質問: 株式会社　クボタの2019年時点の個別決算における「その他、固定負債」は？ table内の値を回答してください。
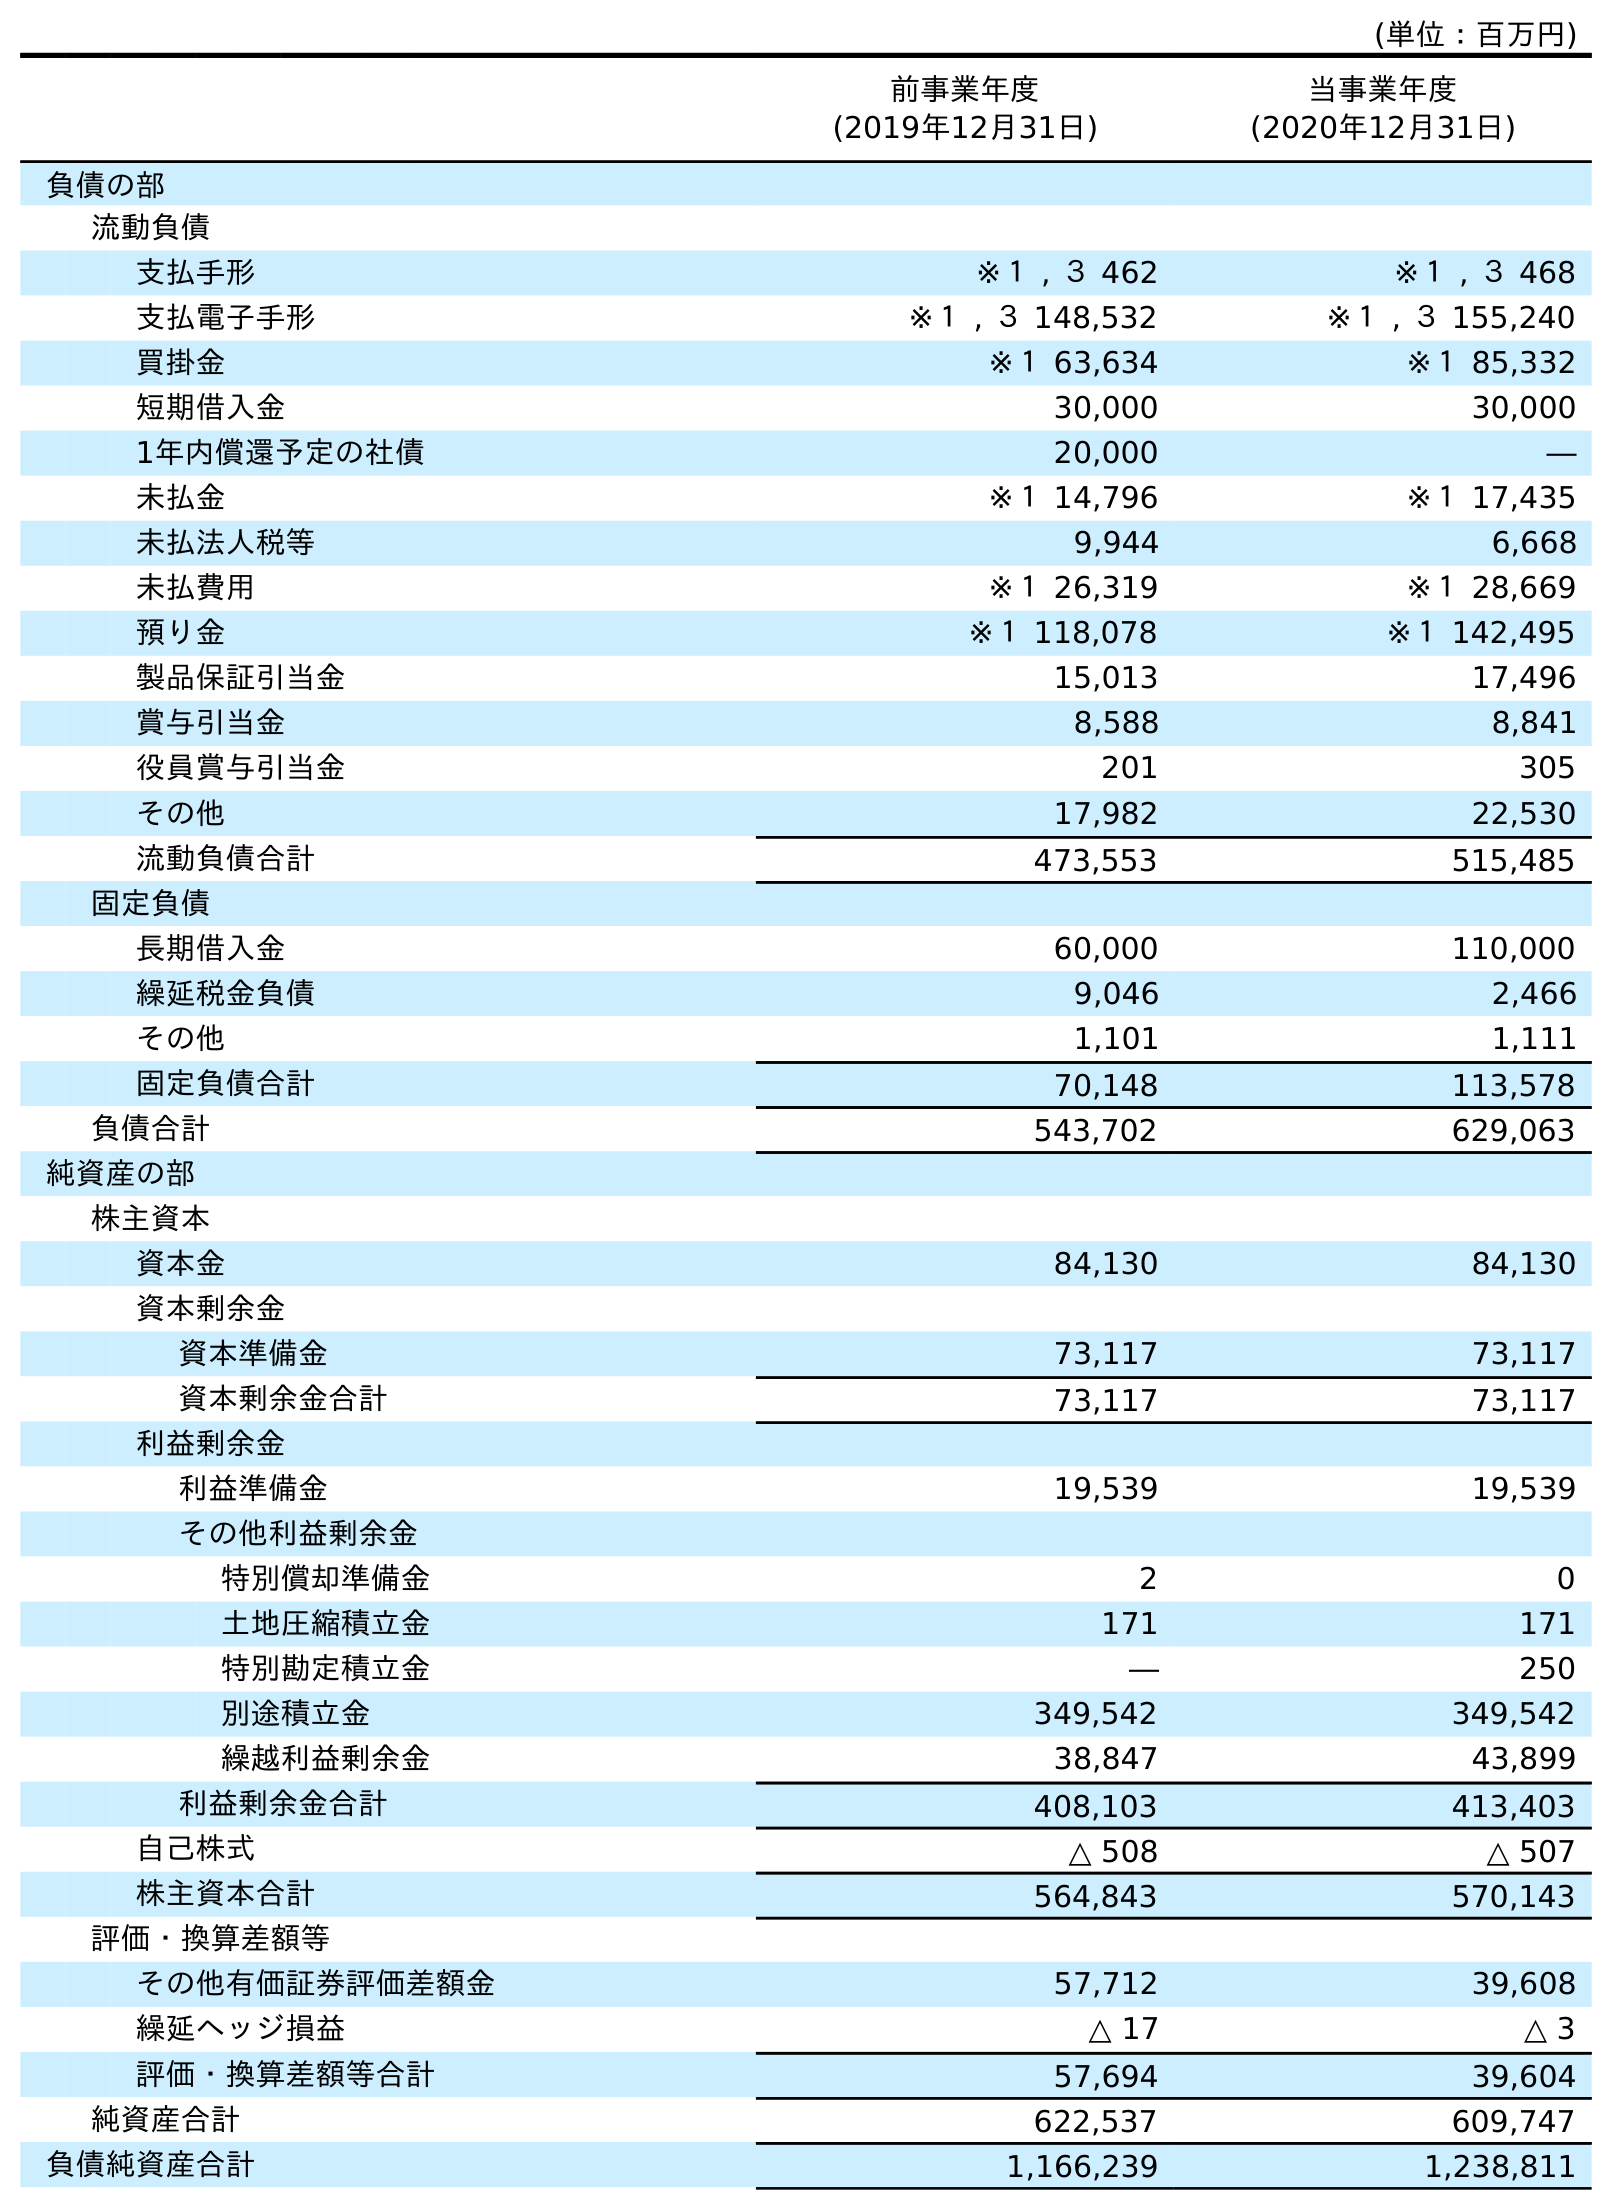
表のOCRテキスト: (単位：百万円) 前事業年度 (2019年12月31日) 当事業年度 (2020年12月31日) 負債の部 流動負債 支払手形 ※１ , ３ 462 ※１ , ３ 468 支払電子手形 ※１ , ３ 148,532 ※１ , ３ 155,240 買掛金 ※１ 63,634 ※１ 85,332 短期借入金 30,000 30,000 1年内償還予定の社債 20,000 ― 未払金 ※１ 14,796 ※１ 17,435 未払法人税等 9,944 6,668 未払費用 ※１ 26,319 ※１ 28,669 預り金 ※１ 118,078 ※１ 142,495 製品保証引当金 15,013 17,496 賞与引当金 8,588 8,841 役員賞与引当金 201 305 その他 17,982 22,530 流動負債合計 473,553 515,485 固定負債 長期借入金 60,000 110,000 繰延税金負債 9,046 2,466 その他 1,101 1,111 固定負債合計 70,148 113,578 負債合計 543,702 629,063 純資産の部 株主資本 資本金 84,130 84,130 資本剰余金 資本準備金 73,117 73,117 資本剰余金合計 73,117 73,117 利益剰余金 利益準備金 19,539 19,539 その他利益剰余金 特別償却準備金 2 0 土地圧縮積立金 171 171 特別勘定積立金 ― 250 別途積立金 349,542 349,542 繰越利益剰余金 38,847 43,899 利益剰余金合計 408,103 413,403 自己株式 △ 508 △ 507 株主資本合計 564,843 570,143 評価・換算差額等 その他有価証券評価差額金 57,712 39,608 繰延ヘッジ損益 △ 17 △ 3 評価・換算差額等合計 57,694 39,604 純資産合計 622,537 609,747 負債純資産合計 1,166,239 1,238,811
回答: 1,101